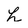
Character: h